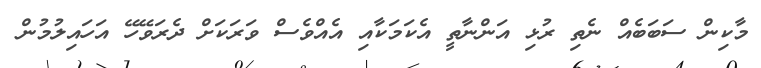
މާކިން ސަބަބެއް ނެތި ރުޅި އަންނާތީ އެކަމަކާއި އެއްވެސް ވަރަކަށް ދެރަވޭހޭ އަހައިލުމުން